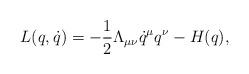
LaTeX: \begin{align*}L(q,\dot q)=-\frac{1}{2}\Lambda_{\mu \nu} \dot q^\mu q^\nu - H(q),\end{align*}